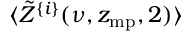
\langle \tilde { Z } ^ { \{ i \} } ( \nu , z _ { \mathrm { m p } } , 2 ) \rangle